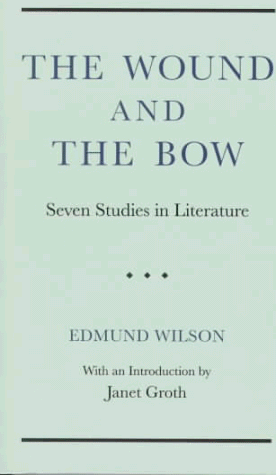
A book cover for Wound And The Bow: Seven Studies In Literature; Edmund Wilson; Gay & Lesbian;